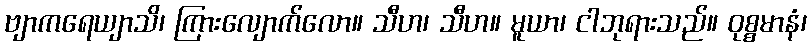
ဗျာကရေယျာသိ၊ ကြားလျောက်လော။ သီဟ၊ သီဟ။ မူယာ၊ ငါဘုရားသည်။ ဝုစ္စမာနံ၊